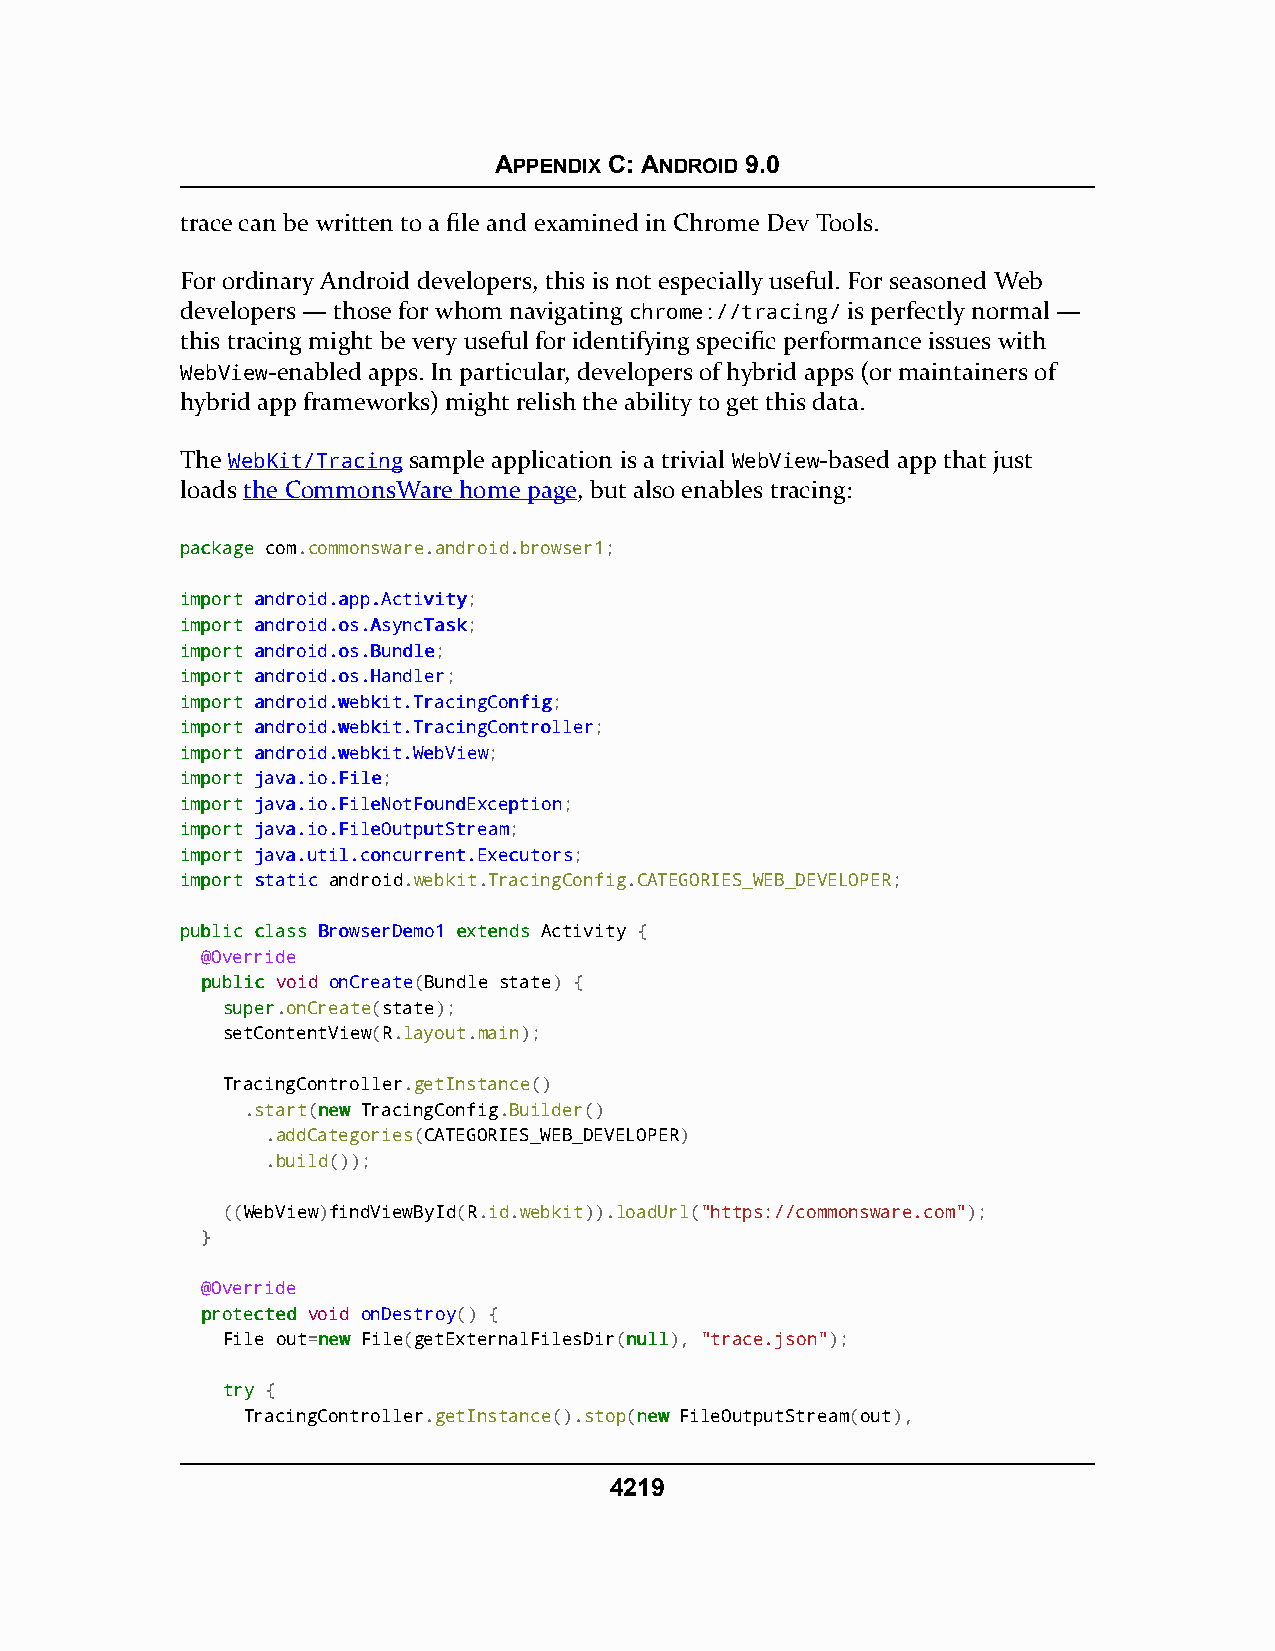
APPENDIX C: ANDROID 9.0
 trace can be written to a file and examined in Chrome Dev Tools.
 For ordinary Android developers, this is not especially useful. For seasoned Web
 developers — those for whom navigating chrome://tracing/ is perfectly normal —
 this tracing might be very useful for identifying specific performance issues with
 WebView-enabled apps. In particular, developers of hybrid apps (or maintainers of
 hybrid app frameworks) might relish the ability to get this data.
 The WebKit/Tracing sample application is a trivial WebView-based app that just
 loads the CommonsWare home page, but also enables tracing:
 ppaacckkaaggee com.commonsware.android.browser1;
 iimmppoorrtt aannddrrooiidd..aapppp..AAccttiivviittyy;
 iimmppoorrtt aannddrrooiidd..ooss..AAssyynnccTTaasskk;
 iimmppoorrtt aannddrrooiidd..ooss..BBuunnddllee;
 iimmppoorrtt aannddrrooiidd..ooss..HHaannddlleerr;
 iimmppoorrtt aannddrrooiidd..wweebbkkiitt..TTrraacciinnggCCoonnffiigg;
 iimmppoorrtt aannddrrooiidd..wweebbkkiitt..TTrraacciinnggCCoonnttrroolllleerr;
 iimmppoorrtt aannddrrooiidd..wweebbkkiitt..WWeebbVViieeww;
 iimmppoorrtt jjaavvaa..iioo..FFiillee;
 iimmppoorrtt jjaavvaa..iioo..FFiilleeNNoottFFoouunnddEExxcceeppttiioonn;
 iimmppoorrtt jjaavvaa..iioo..FFiilleeOOuuttppuuttSSttrreeaamm;
 iimmppoorrtt jjaavvaa..uuttiill..ccoonnccuurrrreenntt..EExxeeccuuttoorrss;
 iimmppoorrtt ssttaattiicc android.webkit.TracingConfig.CATEGORIES_WEB_DEVELOPER;
 ppuubblliicc ccllaassss BBrroowwsseerrDDeemmoo11 eexxtteennddss Activity {
 @Override
 ppuubblliicc void onCreate(Bundle state) {
 ssuuppeerr.onCreate(state);
 setContentView(R.layout.main);
 TracingController.getInstance()
 .start(nneeww TracingConfig.Builder()
 .addCategories(CATEGORIES_WEB_DEVELOPER)
 .build());
 ((WebView)findViewById(R.id.webkit)).loadUrl("https://commonsware.com");
 }
 @Override
 pprrootteecctteedd void onDestroy() {
 File out=nneeww File(getExternalFilesDir(nnuullll), "trace.json");
 ttrryy {
 TracingController.getInstance().stop(nneeww FileOutputStream(out),
 4219